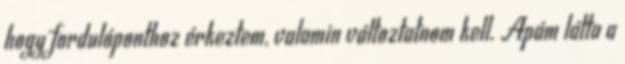
hogy fordulóponthoz érkeztem, valamin változtatnom kell. Apám látta a